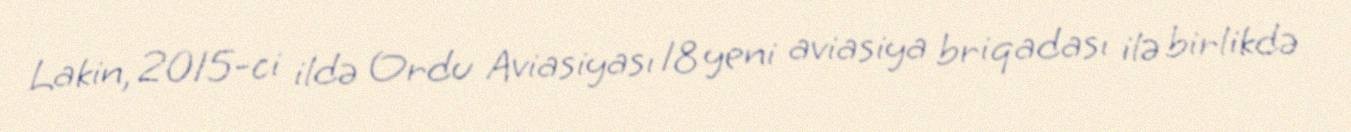
Lakin, 2015-ci ildə Ordu Aviasiyası 18 yeni aviasiya briqadası ilə birlikdə